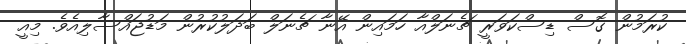
ކުރަމުން ގޮސް ޑިސްކަވަރީ ޗެނަލްއާ ހަމައިން އޭނާ ޗެނަލް ބަދަލުކުރުން މަޑުޖައްސާލިއެވެ. މިއީ